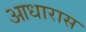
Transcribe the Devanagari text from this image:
आधारास